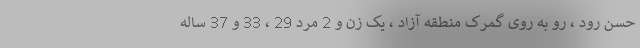
حسن رود ، رو به روی گمرک منطقه آزاد ، یک زن و 2 مرد 29 ، 33 و 37 ساله